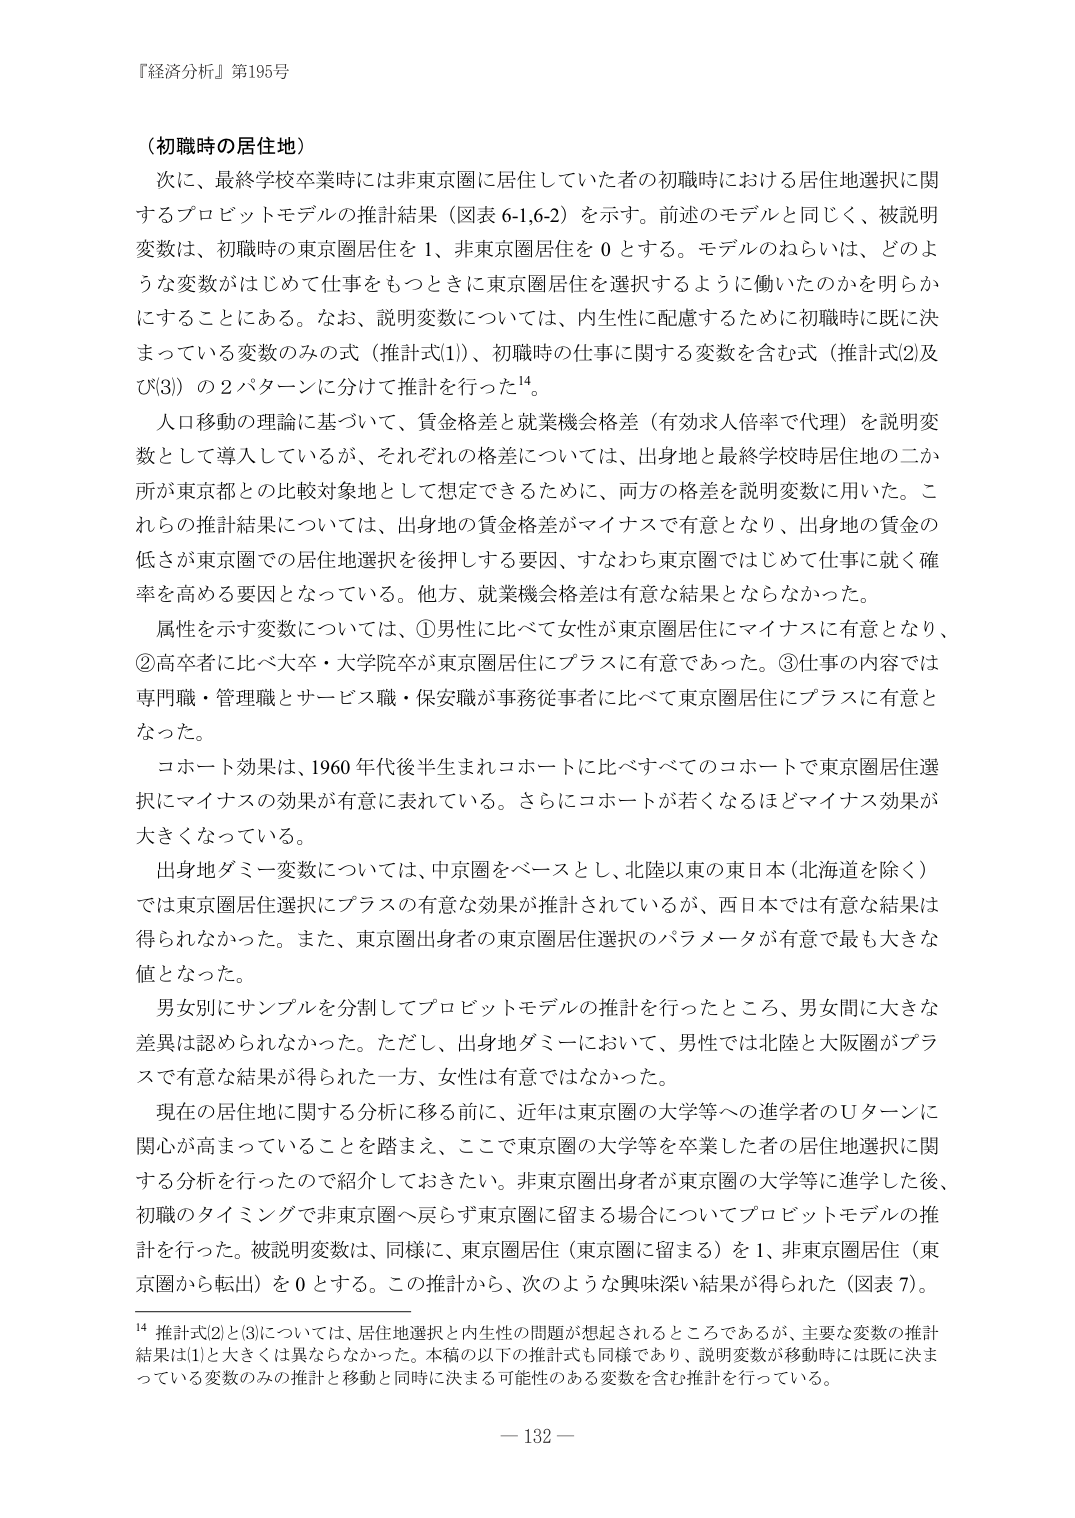
『経済分析』第195号

（初職時の居住地）
次に、最終学校卒業時には非東京圏に居住していた者の初職時における居住地選択に関するプロビットモデルの推計結果（図表 6-1,6-2）を示す。前述のモデルと同じく、被説明変数は、初職時の東京圏居住を 1、非東京圏居住を 0 とする。モデルのねらいは、どのような変数がはじめて仕事をもつときに東京圏居住を選択するように働いたのかを明らかにすることにある。なお、説明変数については、内生性に配慮するために初職時に既に決まっている変数のみの式（推計式(1)）、初職時の仕事に関する変数を含む式（推計式(2)及び(3)）の2パターンに分けて推計を行った¹⁴。

人口移動の理論に基づいて、賃金格差と就業機会格差（有効求人倍率で代理）を説明変数として導入しているが、それぞれの格差については、出身地と最終学校時居住地の二か所が東京都との比較対象地として想定できるために、両方の格差を説明変数に用いた。これらの推計結果については、出身地の賃金格差がマイナスで有意となり、出身地の賃金の低さが東京圏での居住地選択を後押しする要因、すなわち東京圏ではじめて仕事に就く確率を高める要因となっている。他方、就業機会格差は有意な結果とはならなかった。

属性を示す変数については、①男性に比べて女性が東京圏居住にマイナスに有意となり、②高卒者に比べ大卒・大学院卒が東京圏居住にプラスに有意であった。③仕事の内容では専門職・管理職とサービス職・保安職が事務従事者に比べて東京圏居住にプラスに有意となった。

コホート効果は、1960年代後半生まれコホートに比べすべてのコホートで東京圏居住選択にマイナスの効果が有意に表れている。さらにコホートが若くなるほどマイナス効果が大きくなっている。

出身地ダミー変数については、中京圏をベースとし、北陸以東の東日本（北海道を除く）では東京圏居住選択にプラスの有意な効果が推計されているが、西日本では有意な結果は得られなかった。また、東京圏出身者の東京圏居住選択のパラメータが有意で最も大きな値となった。

男女別にサンプルを分割してプロビットモデルの推計を行ったところ、男女間に大きな差異は認められなかった。ただし、出身地ダミーにおいて、男性では北陸と大阪圏がプラスで有意な結果が得られた一方、女性は有意ではなかった。

現在の居住地に関する分析に移る前に、近年は東京圏の大学等への進学者のUターンに関心が高まっていることを踏まえ、ここで東京圏の大学等を卒業した者の居住地選択に関する分析を行ったので紹介しておきたい。非東京圏出身者が東京圏の大学等に進学した後、初職のタイミングで非東京圏へ戻らず東京圏に留まる場合についてプロビットモデルの推計を行った。被説明変数は、同様に、東京圏居住（東京圏に留まる）を1、非東京圏居住（東京圏から転出）を0とする。この推計から、次のような興味深い結果が得られた（図表7）。

¹⁴ 推計式(2)と(3)については、居住地選択と内生性の問題が想起されるところであるが、主要な変数の推計結果は(1)と大きくは異ならなかった。本稿の以下の推計式も同様であり、説明変数が移動時に既に決まっている変数のみの推計と移動と同時に決まる可能性のある変数を含む推計を行っている。

— 132 —